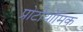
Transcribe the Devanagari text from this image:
प्रोटीयोमिक